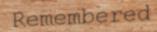
Remembered